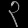
Digit: ၃